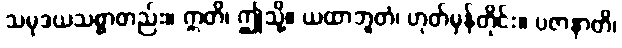
သမုဒယသစ္စာတည်း။ ဣတိ၊ ဤသို့။ ယထာဘူတံ၊ ဟုတ်မှန်တိုင်း။ ပဇာနာတိ၊